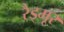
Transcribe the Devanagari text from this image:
रैड्मूर